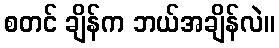
စတင် ချိန်က ဘယ်အချိန်လဲ။